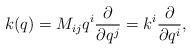
LaTeX: \begin{align*}k(q)=M_{ij}q^i{\partial\over \partial q^j}=k^i{\partial\over \partial q^i},\end{align*}